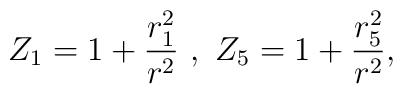
Z_1=1+\frac{r_1^2}{r^2} \ , \   Z_5=1+\frac{r_5^2}{r^2} ,